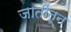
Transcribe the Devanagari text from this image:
जातींतून